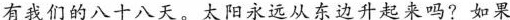
有我们的八十八天。太阳永远从东边升起来吗?如果